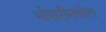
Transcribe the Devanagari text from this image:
भोसरीमधील